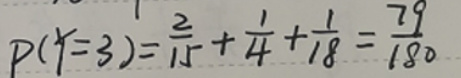
\[
P(X = 3)=\frac{2}{15}+\frac{1}{4}+\frac{1}{18}=\frac{79}{180}
\]